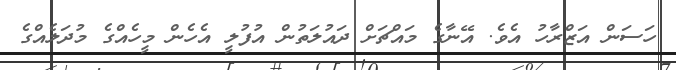
ހަސަން އަޒްރާހު އެވެ. އޭނާގެ މައްޗަށް ދައުލަތުން އުފުލީ އެހެން މީހެއްގެ މުދަލެއްގެ